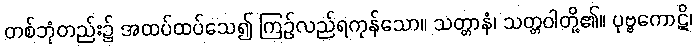
တစ်ဘုံတည်း၌ အထပ်ထပ်သေ၍ ကြဉ်လည်ရကုန်သော။ သတ္တာနံ၊ သတ္တဝါတို့၏။ ပုဗ္ဗကောဋိ၊